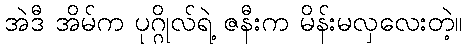
အဲဒီ အိမ်က ပုဂ္ဂိုလ်ရဲ့ ဇနီးက မိန်းမလှလေးတဲ့။